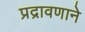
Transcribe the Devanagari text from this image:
प्रद्रावणाने